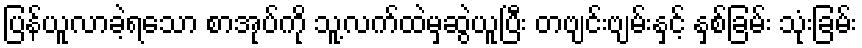
ပြန်ယူလာခဲ့ရသော စာအုပ်ကို သူ့လက်ထဲမှဆွဲယူပြီး တဗျင်းဗျမ်းနှင့် နှစ်ခြမ်း သုံးခြမ်း